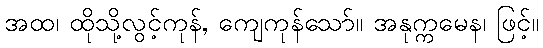
အထ၊ ထိုသို့လွင့်ကုန်, ကျေကုန်သော်။ အနုက္ကမေန၊ ဖြင့်။